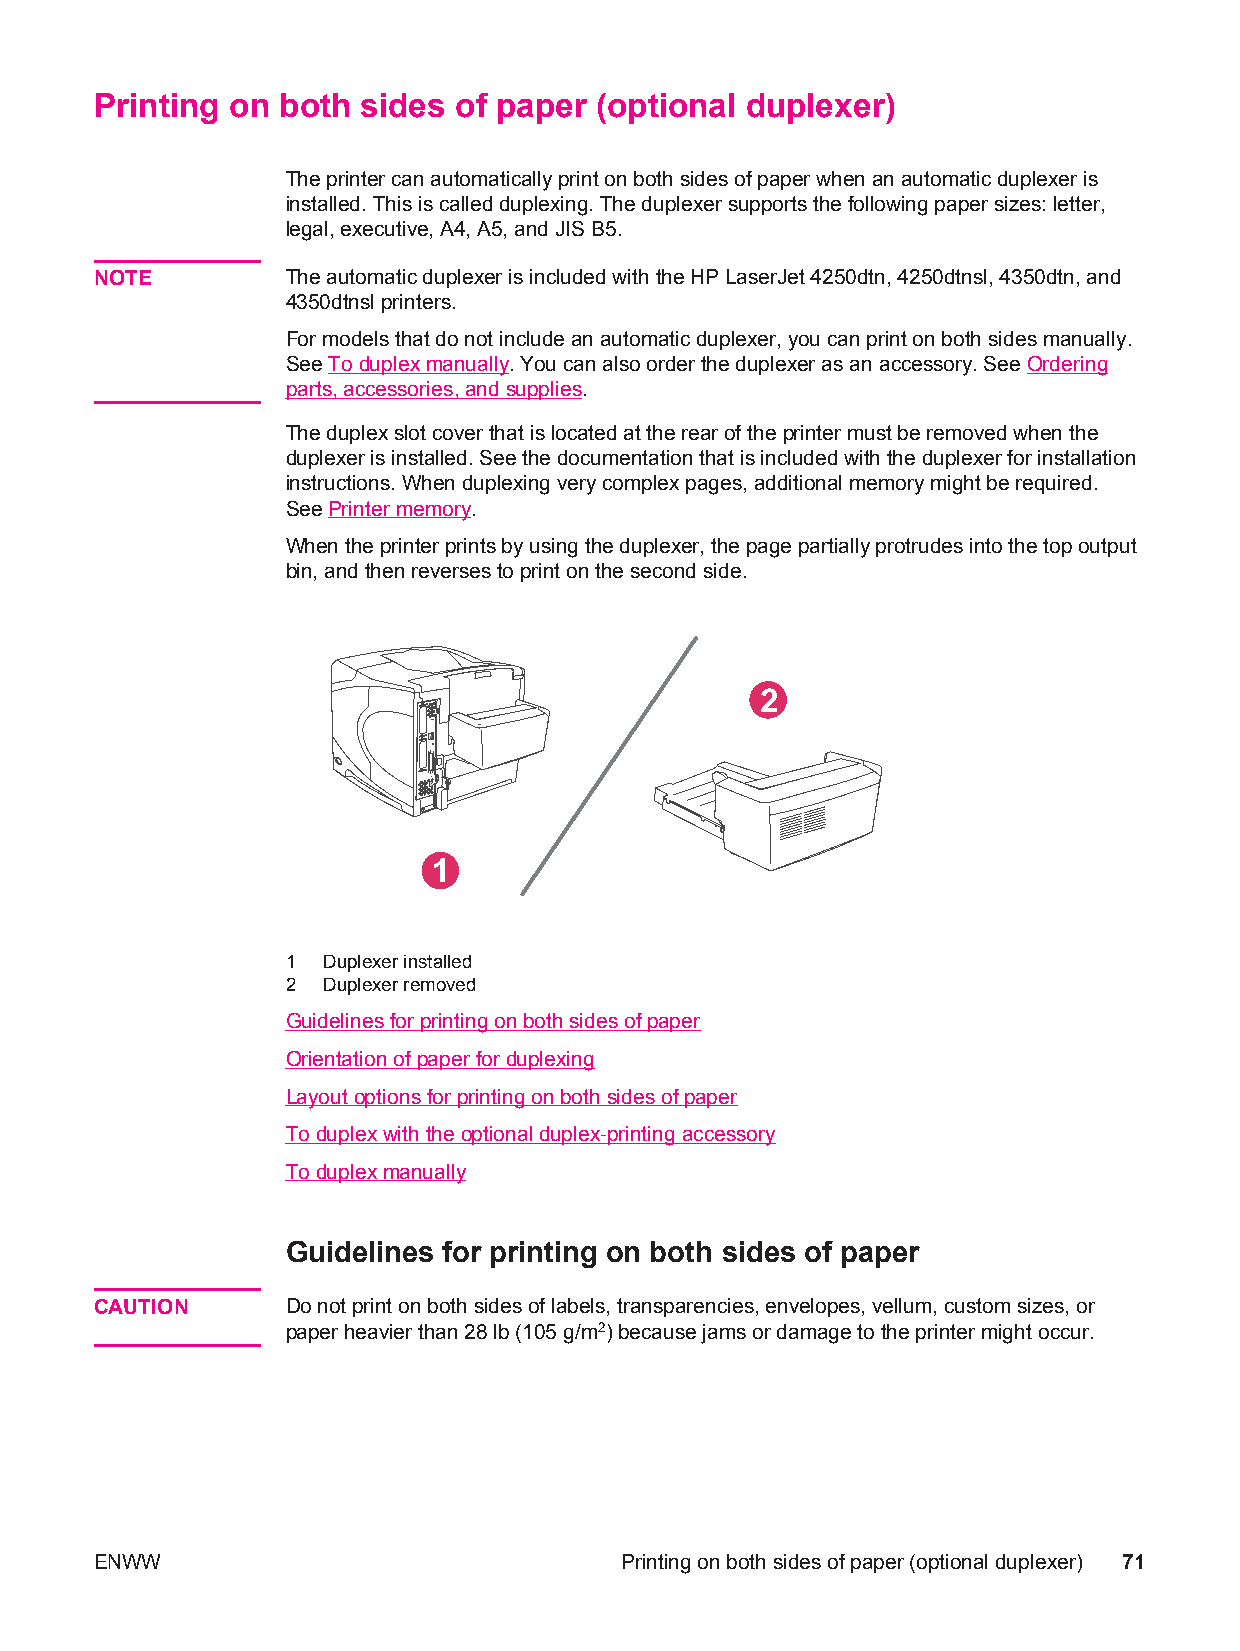
Printing on both  sides of paper (optional duplexer)
 The printer can automatically print on both sides of paper when an automatic duplexer is
 installed. This is called duplexing. The duplexer supports the following paper sizes: letter,
 legal, executive, A4, A5, and JIS B5.
 NOTE         The automatic duplexer is included with the HP LaserJet 4250dtn, 4250dtnsl, 4350dtn, and
 4350dtnsl printers.
 For models that do not include an automatic duplexer, you can print on both sides manually.
 See To duplex manually. You can also order the duplexer as an accessory. See Ordering
 parts, accessories, and supplies.
 The duplex slot cover that is located at the rear of the printer must be removed when the
 duplexer is installed. See the documentation that is included with the duplexer for installation
 instructions. When duplexing very complex pages, additional memory might be required.
 See Printer memory.
 When the printer prints by using the duplexer, the page partially protrudes into the top output
 bin, and then reverses to print on the second side.
 2
 1
 1 Duplexer installed
 2 Duplexer removed
 Guidelines for printing on both sides of paper
 Orientation of paper for duplexing
 Layout options for printing on both sides of paper
 To duplex with the optional duplex-printing accessory
 To duplex manually
 Guidelines for printing on both sides of paper
 CAUTION      Do not print on both sides of labels, transparencies, envelopes, vellum, custom sizes, or
 paper heavier than 28 lb (105 g/m2) because jams or damage to the printer might occur.
 ENWW                               Printing on both sides of paper (optional duplexer) 71